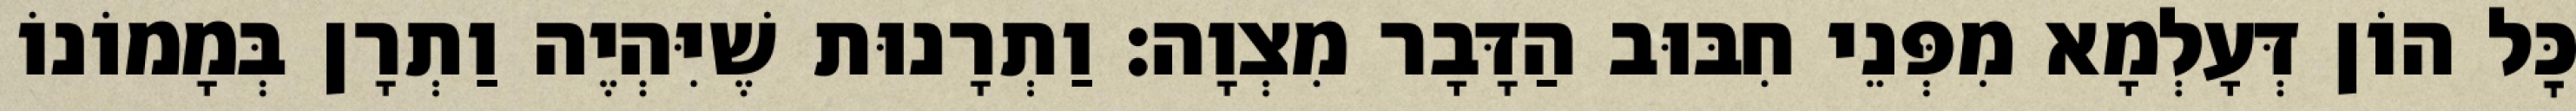
כׇּל הוֹן דְּעָלְמָא מִפְּנֵי חִבּוּב הַדָּבָר מִצְוָה: וַתְרָנוּת שֶׁיִּהְיֶה וַתְרָן בְּמָמוֹנוֹ